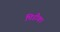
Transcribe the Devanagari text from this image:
पिडीका